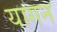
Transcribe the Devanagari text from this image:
यागन